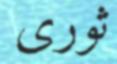
ثورى